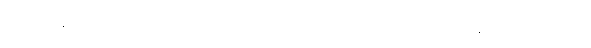
ဝဒမာနော၊ ပြောဆိုသောသူသည်။ သမ္မာ၊ ကောင်းစွာ။ ဝဒေယျ၊ ဆိုသည်မည်၏။